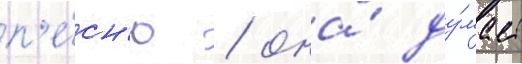
п'е́сн'ю / она́ ду́мает